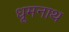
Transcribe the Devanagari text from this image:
धूमनाथ